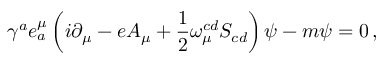
{ \gamma } ^ { a } e _ { a } ^ { \mu } \left( i \partial _ { \mu } - e A _ { \mu } + \frac { 1 } { 2 } \omega _ { \mu } ^ { c d } S _ { c d } \right) \psi - m \psi = 0 \, ,